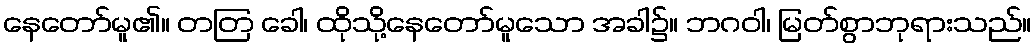
နေတော်မူ၏။ တတြ ခေါ၊ ထိုသို့နေတော်မူသော အခါ၌။ ဘဂဝါ၊ မြတ်စွာဘုရားသည်။